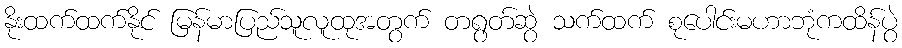
နိုးထက်ထက်နိုင် မြန်မာပြည်သူလူထုအတွက် တရွတ်ဆွဲ သက်ထက် စုပေါင်းမဟာဘုံကထိန်ပွဲ